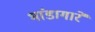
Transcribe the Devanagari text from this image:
भांडागारे